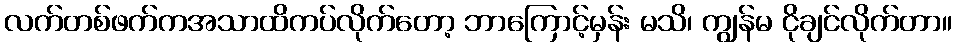
လက်တစ်ဖက်ကအသာထိကပ်လိုက်တော့ ဘာကြောင့်မှန်း မသိ၊ ကျွန်မ ငိုချင်လိုက်တာ။